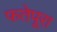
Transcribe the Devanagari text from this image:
फतेपूरा